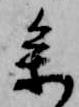
参